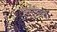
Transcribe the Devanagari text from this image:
लेमॉनिये